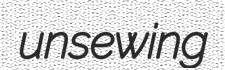
unsewing